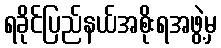
ရခိုင်ပြည်နယ်အစိုးရအဖွဲ့မှ